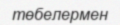
төбелермен